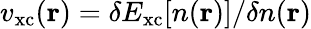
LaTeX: v_{\mathrm{xc}}(\mathbf{r})=\delta E_{\mathrm{xc}}[n(\mathbf{r})]/\delta n(\mathbf{r})